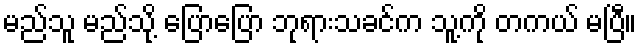
မည်သူ မည်သို့ ပြောပြော ဘုရားသခင်က သူ့ကို တကယ် မပြီ။